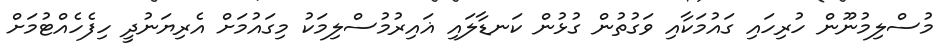
މުސްލިމުނޫން ހުރިހައި ގައުމަކާއި ވަގުތުން ގުޅުން ކަނޑާލައި ޣައިރުމުސްލިމަކު މިގައުމަށް އެރިޔަނުދީ ހިފެހެއްޓުމަށް